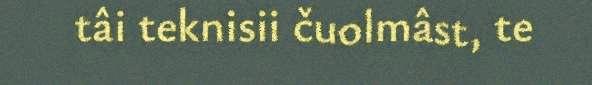
tâi teknisii čuolmâst, te